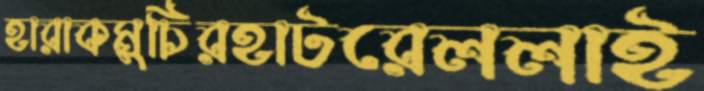
হারাকমুচিরহাটরেললাই